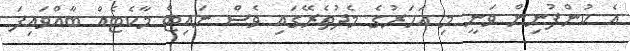
އެ ކުންފުނިން ވަނީ މި އަހަރުގެ މެދުތެރޭގައި ވެސް ނައިޓް މާކެޓެއް ބާއްވައިފަ